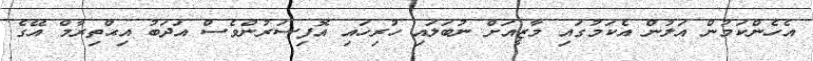
އެހެންކަމުން އަލުން އެކަމުގައި މާޒީއަށް ނުބަލައި ހުރިހައި އޮފިސަރުންވެސް އަދަބު އިޙްތިރާމް އޭގެ